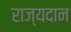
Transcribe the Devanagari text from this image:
राज्यदान